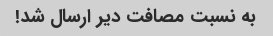
به نسبت مصافت دیر ارسال شد!